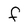
Character: F